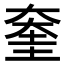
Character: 𡙔